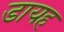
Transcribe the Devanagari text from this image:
डायह